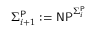
\Sigma _ { i + 1 } ^ { \mathsf { P } } : = { \mathsf { N P } } ^ { \Sigma _ { i } ^ { \mathsf { P } } }